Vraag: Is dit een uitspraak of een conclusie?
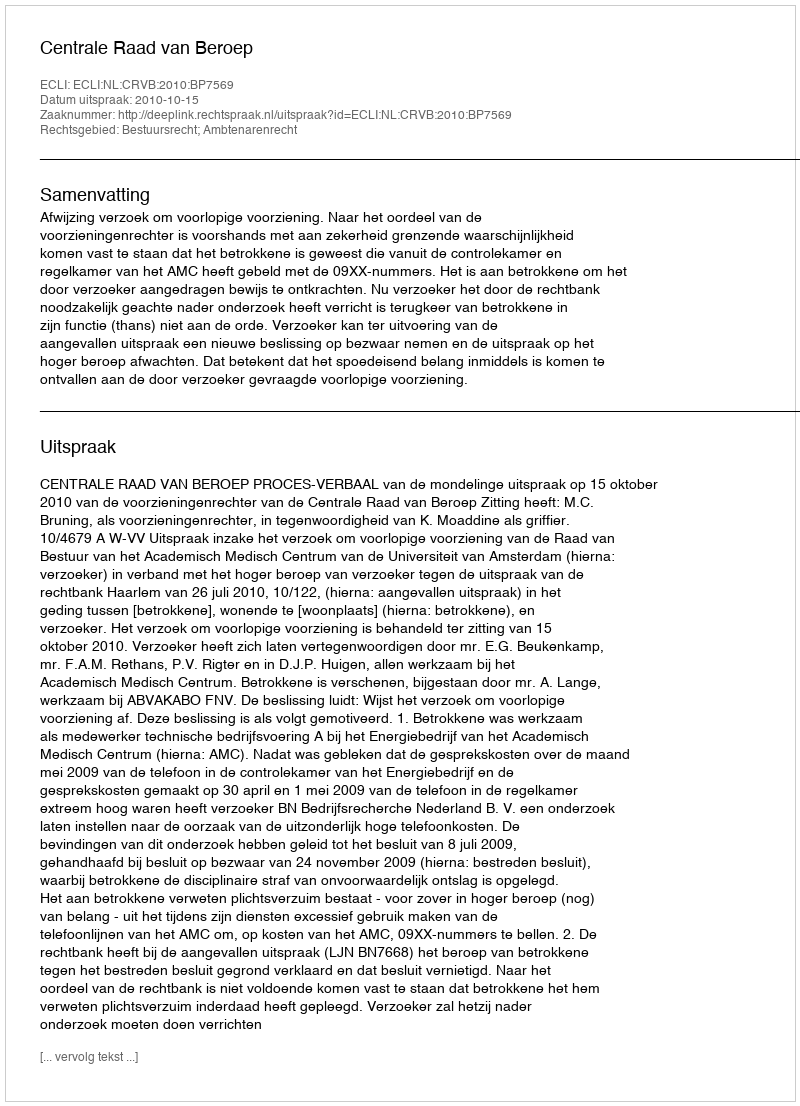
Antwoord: Uitspraak